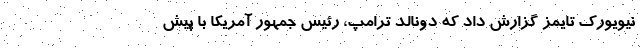
نیویورک تایمز گزارش داد که دونالد ترامپ، رئیس جمهور آمریکا با پیش